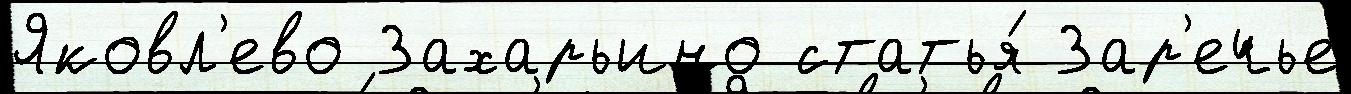
Яковл'ево Захарьино статья́ Зар'ечье